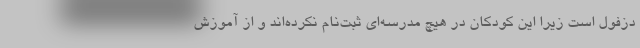
دزفول است زیرا این کودکان در هیچ مدرسه‌ای ثبت‌نام نکرده‌اند و از آموزش